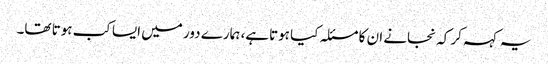
یہ کہہ کر کہ نجانے ان کا مسئلہ کیا ہوتاہے، ہمارے دور میں ایسا کب ہوتا تھا۔